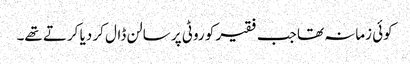
کوئی زمانہ تھا جب فقیر کو روٹی پر سالن ڈال کر دیا کرتے تھے۔